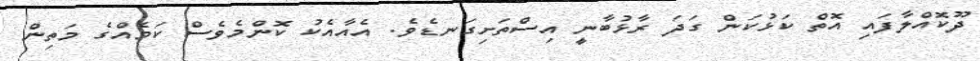
ދޫކޮއްލާފައި އޮތް ކަޅުކަން ގަދަ ރާޅުބާނީ އިސްތަށިގަނޑެވެ. އެއާއެކު ކޮންމެވެސް ކަމެއްގެ މަތިން